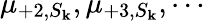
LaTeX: \mu_{+2,S_{\mathbf{k}}},\mu_{+3,S_{\mathbf{k}}},\cdots